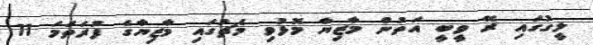
ލީގުގައި ރޭ ވީބީ އަތުން މާޒިޔާ މޮޅުވި މެޗުގައި މާޒިޔާގެ ފުރަތަމަ 11